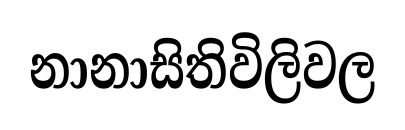
නානාසිතිවිලිවල